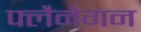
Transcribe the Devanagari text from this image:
फ्लैनेगन